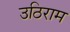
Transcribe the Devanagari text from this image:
उठिराम